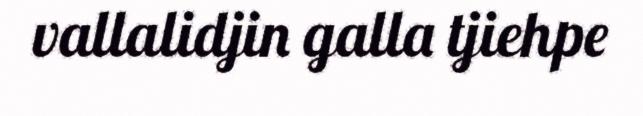
vallalidjin galla tjiehpe